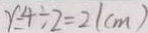
r = 4 \div 2 = 2 ( c m )